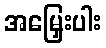
အမြှေးပါး